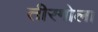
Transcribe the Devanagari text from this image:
तीरगोला